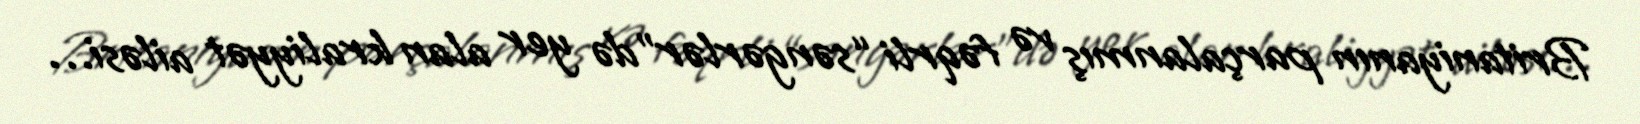
Britaniyanın parçalanmış və fəqrli “səngərlər”də yer alan kraliyyət ailəsi…